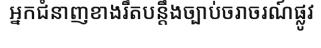
អ្នកជំនាញខាងរឹតបន្តឹងច្បាប់ចរាចរណ៍ផ្លូវ